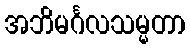
အဘိမင်္ဂလသမ္မတာ